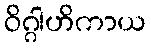
ဝိဂ္ဂါဟိကာယ